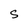
Character: S